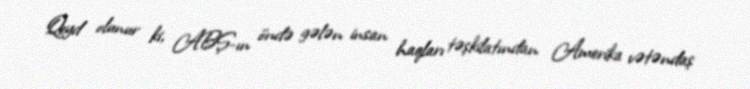
Qeyd olunur ki, ABŞ-ın öndə gələn insan haqları təşkilatından Amerika vətəndaş